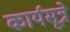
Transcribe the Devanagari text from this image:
कार्यसूत्रे